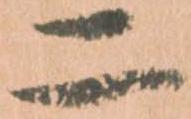
二